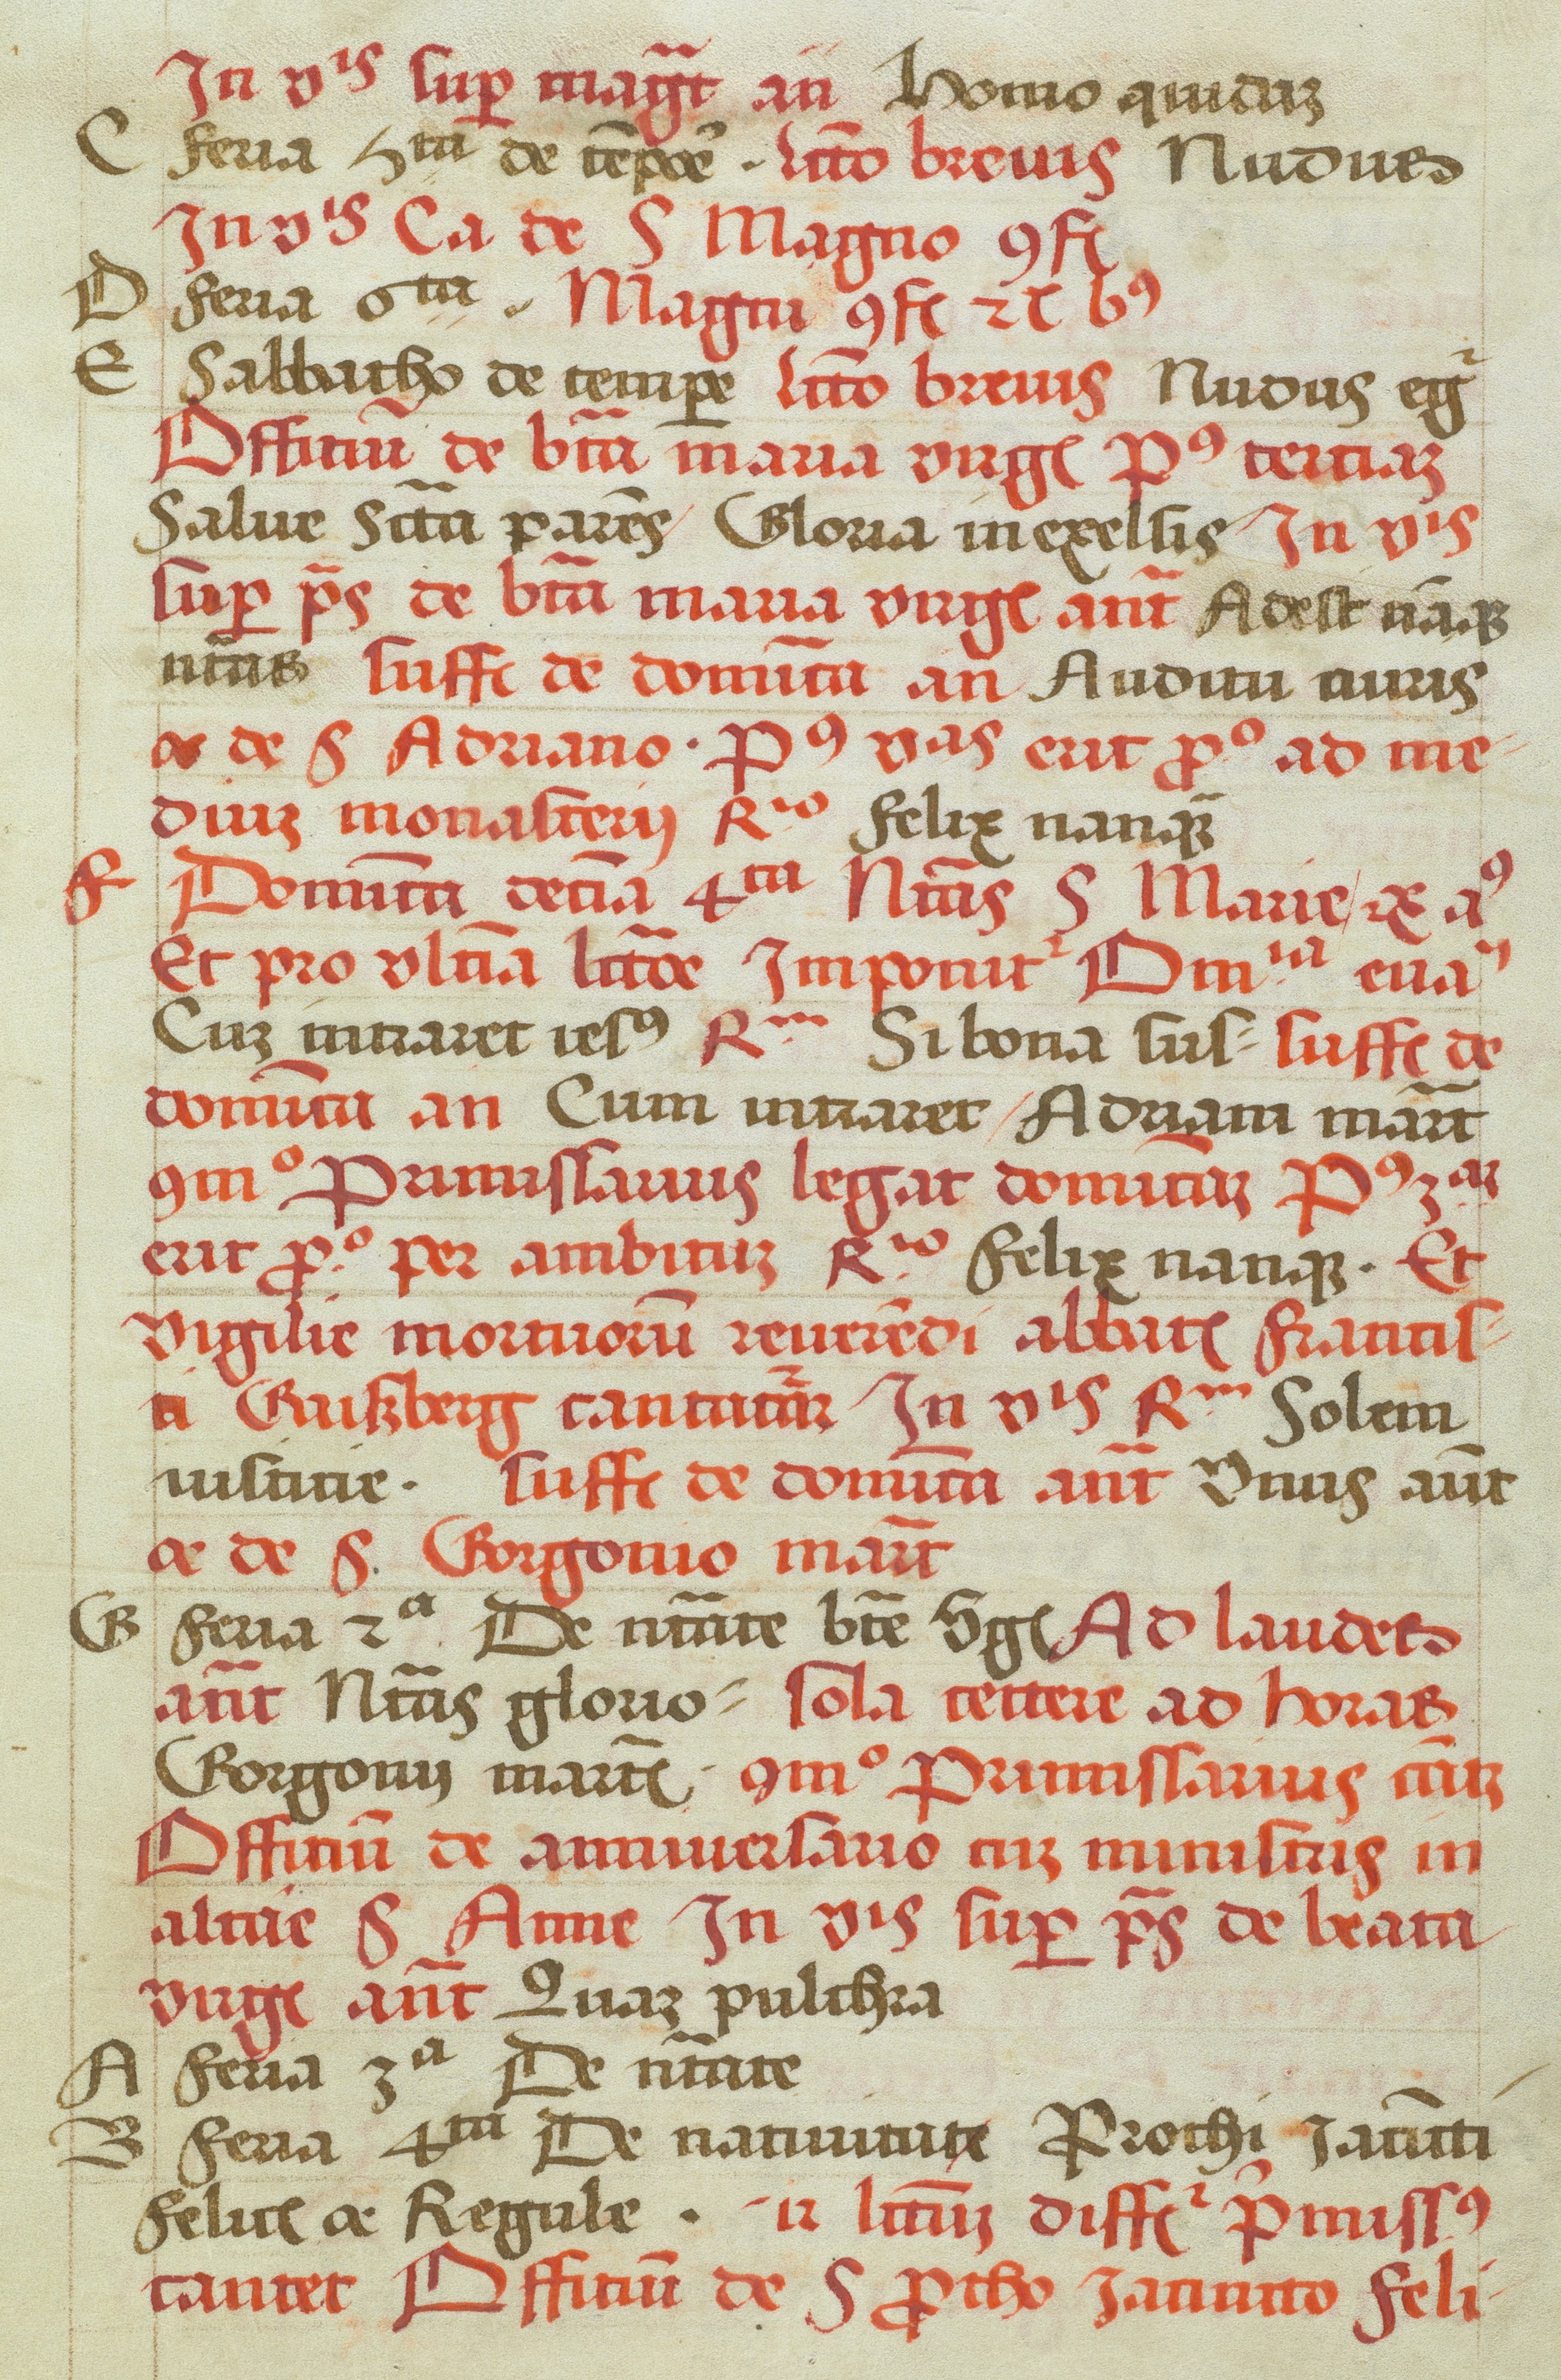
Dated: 1505–1535